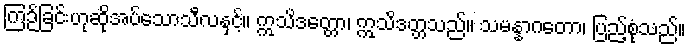
ကြဉ်ခြင်းဟုဆိုအပ်သောသီလနှင့်။ ဣသိဒတ္တော၊ ဣသိဒတ္တသည်။ သမန္နာဂတော၊ ပြည့်စုံသည်။